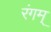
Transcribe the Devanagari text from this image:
रंगम्